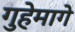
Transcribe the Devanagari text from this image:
गुहेमागे